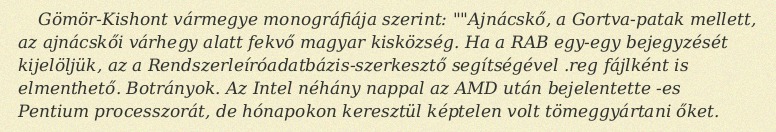
Gömör-Kishont vármegye monográfiája szerint: ""Ajnácskő, a Gortva-patak mellett, az ajnácskői várhegy alatt fekvő magyar kisközség. Ha a RAB egy-egy bejegyzését kijelöljük, az a Rendszerleíróadatbázis-szerkesztő segítségével .reg fájlként is elmenthető. Botrányok. Az Intel néhány nappal az AMD után bejelentette -es Pentium processzorát, de hónapokon keresztül képtelen volt tömeggyártani őket.